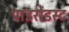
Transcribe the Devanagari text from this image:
पाइरोडस्ट